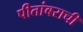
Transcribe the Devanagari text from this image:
पीतांबराची